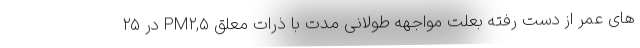
های عمر از دست رفته بعلت مواجهه طولانی مدت با ذرات معلق PM۲,۵ در ۲۵